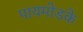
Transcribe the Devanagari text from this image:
पायमोडके